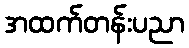
အထက်တန်းပညာ